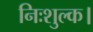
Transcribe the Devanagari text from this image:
निःशुल्क।